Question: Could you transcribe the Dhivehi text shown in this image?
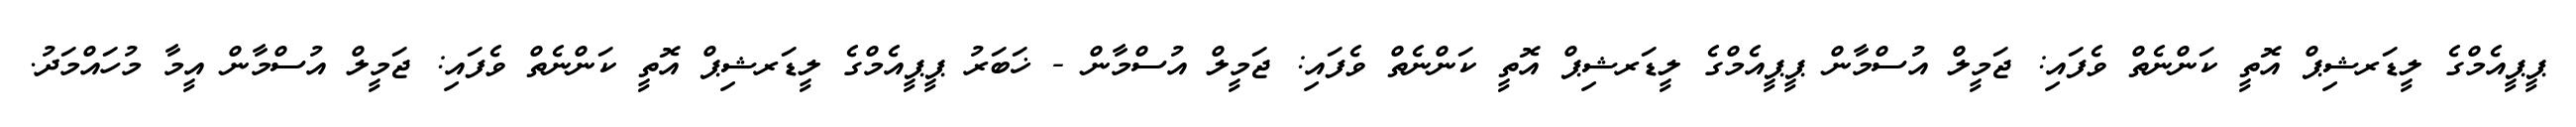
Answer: ޕީޕީއެމްގެ ލީޑަރޝިޕް އޮތީ ކަންނެތް ވެފައި: ޖަމީލް އުސްމާން ޕީޕީއެމްގެ ލީޑަރޝިޕް އޮތީ ކަންނެތް ވެފައި: ޖަމީލް އުސްމާން - ޚަބަރު ޕީޕީއެމްގެ ލީޑަރޝިޕް އޮތީ ކަންނެތް ވެފައި: ޖަމީލް އުސްމާން އީމާ މުހައްމަދު.